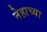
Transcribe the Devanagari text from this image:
नेहाच्या